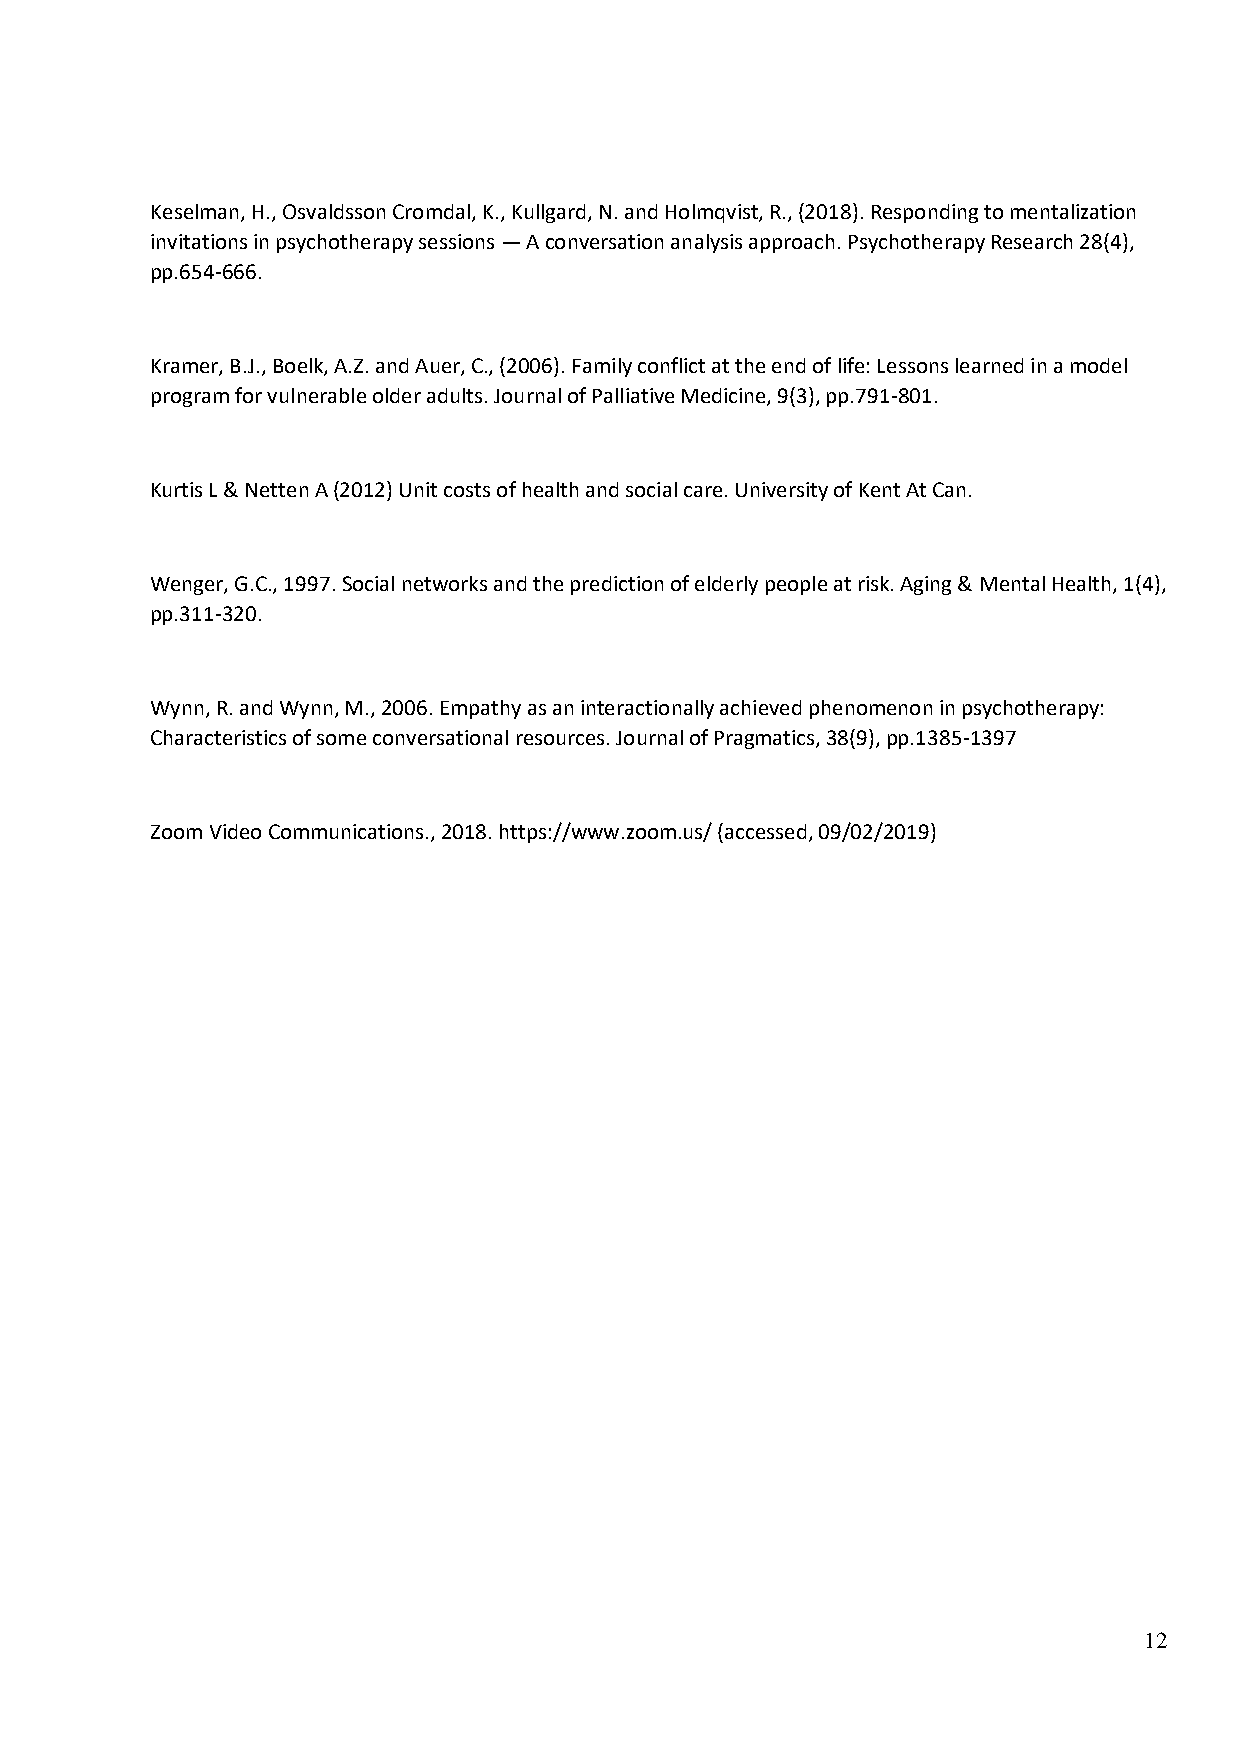
Keselman, H., Osvaldsson Cromdal, K., Kullgard, N. and Holmqvist, R., (2018). Responding to mentalization
 invitations in psychotherapy sessions — A conversation analysis approach. Psychotherapy Research 28(4),
 pp.654-666.
 Kramer, B.J., Boelk, A.Z. and Auer, C., (2006). Family conflict at the end of life: Lessons learned in a model
 program for vulnerable older adults. Journal of Palliative Medicine, 9(3), pp.791-801.
 Kurtis L & Netten A (2012) Unit costs of health and social care. University of Kent At Can.
 Wenger, G.C., 1997. Social networks and the prediction of elderly people at risk. Aging & Mental Health, 1(4),
 pp.311-320.
 Wynn, R. and Wynn, M., 2006. Empathy as an interactionally achieved phenomenon in psychotherapy:
 Characteristics of some conversational resources. Journal of Pragmatics, 38(9), pp.1385-1397
 Zoom Video Communications., 2018. https://www.zoom.us/ (accessed, 09/02/2019)
 12